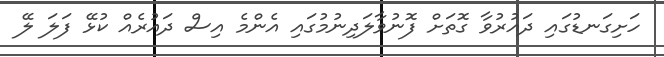
ހަށިގަނޑުގައި ދައުރުވާ ގޮތަށް ފޮނުވާލަދިނުމުގައި އެންމެ އިސް ދައުރެއް ކުޅޭ ފަލަ ލޭ